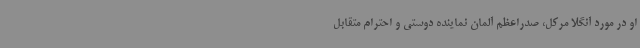
او در مورد آنگلا مرکل، صدراعظم آلمان نماینده دوستی و احترام متقابل